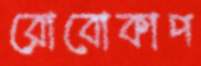
রোবোকাপ